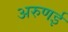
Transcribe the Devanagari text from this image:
अरुणई